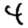
Digit: 4